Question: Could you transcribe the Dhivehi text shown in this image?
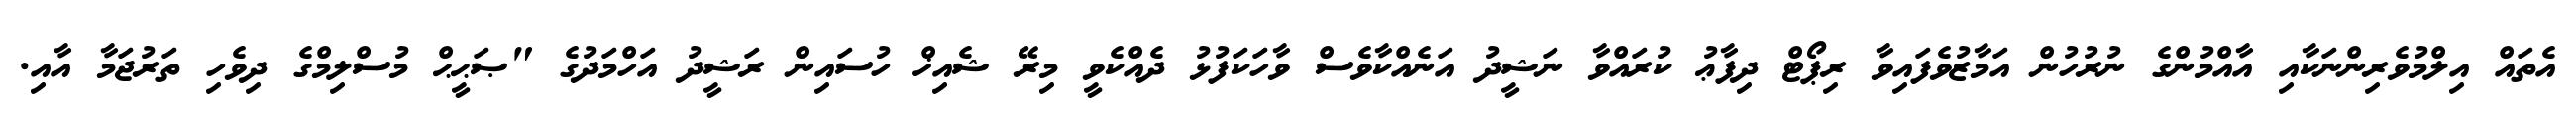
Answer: އެތައް އިލްމުވެރިންނަކާއި އާއްމުންގެ ނުރުހުން އަމާޒުވެފައިވާ ރިޕޯޓް ދިފާޢު ކުރައްވާ ނަޝީދު އަނެއްކާވެސް ވާހަކަފުޅު ދެއްކެވީ މިރޭ ޝެއިޚް ހުސައިން ރަޝީދު އަހްމަދުގެ "ޞަޙީޙް މުސްލިމްގެ ދިވެހި ތަރުޖަމާ އާއި.